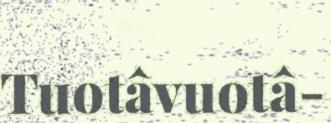
Tuotâvuotâ-